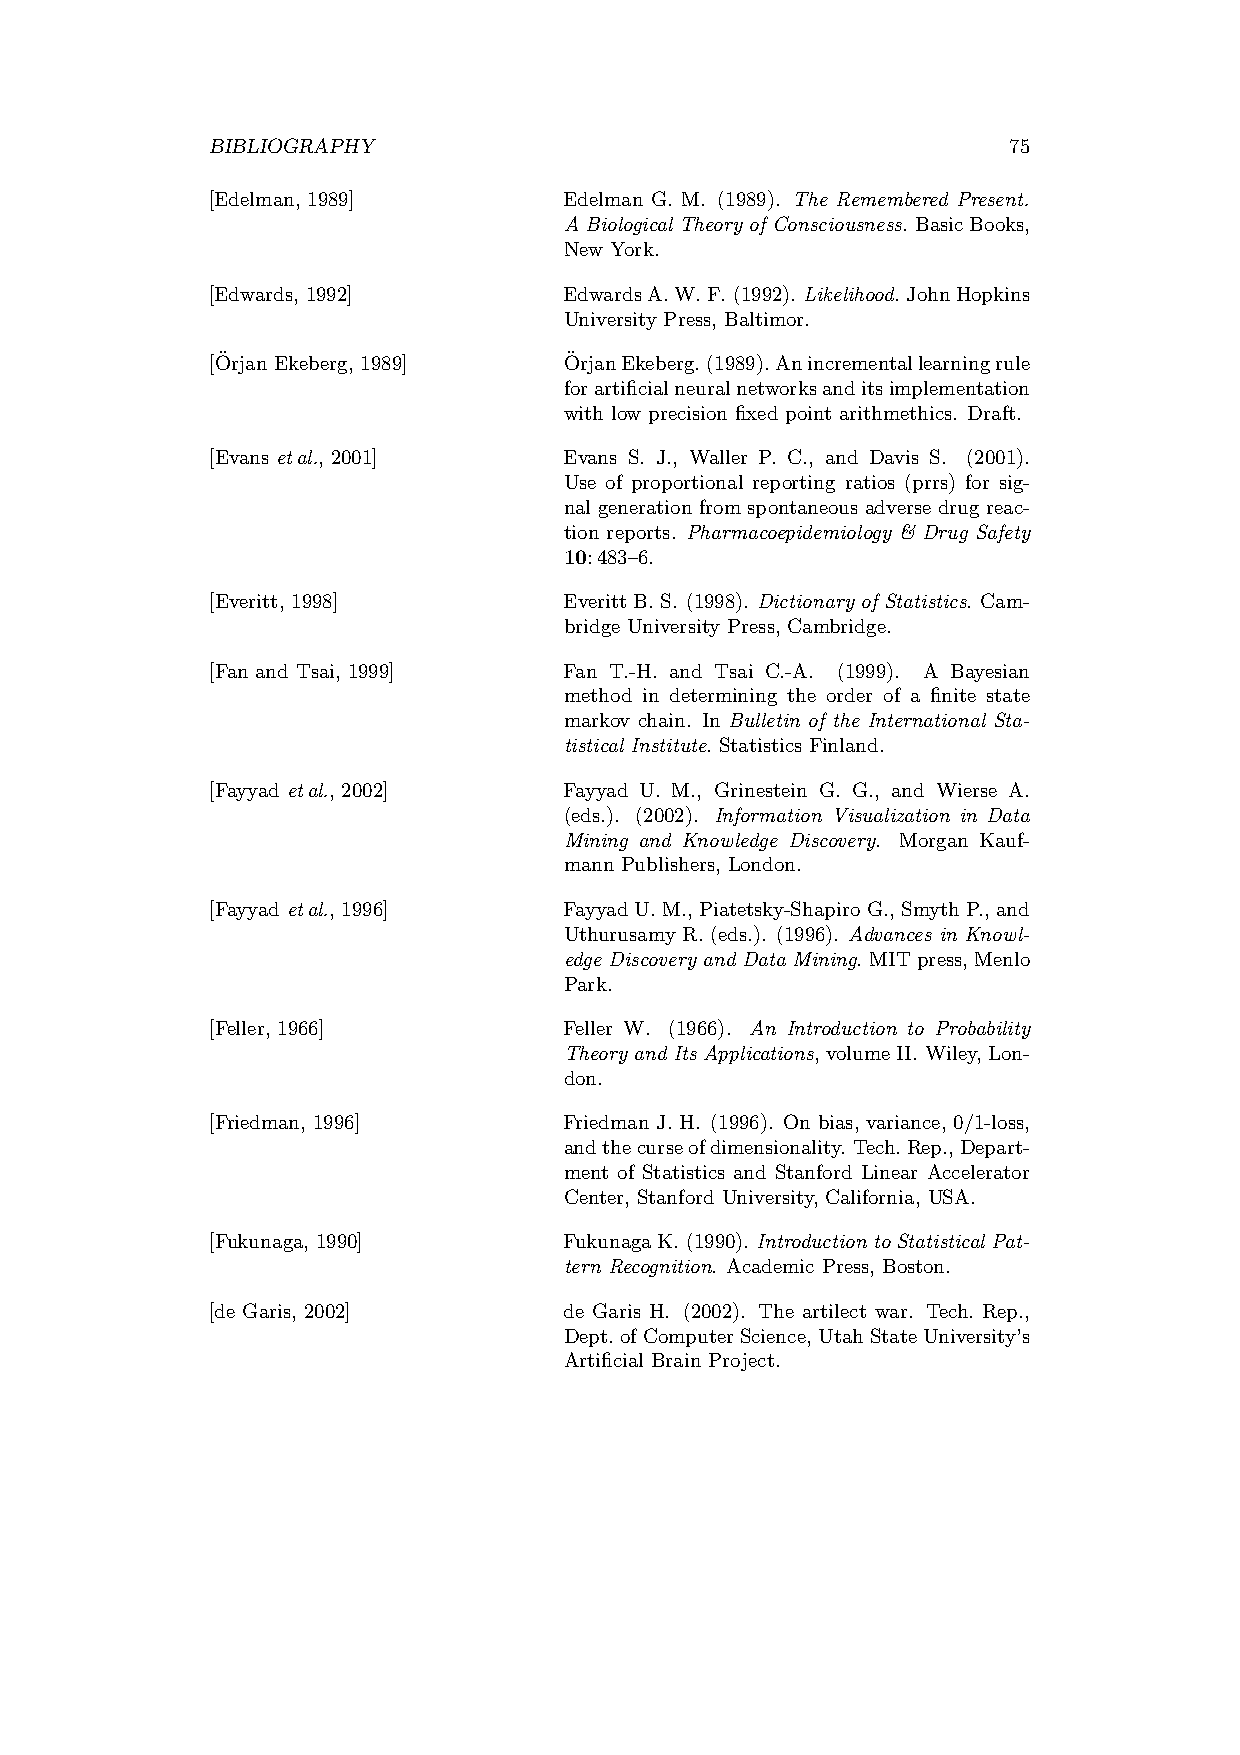
BIBLIOGRAPHY                                         75
 [Edelman, 1989]        Edelman G. M. (1989). The Remembered Present.
 A Biological Theory of Consciousness. BasicBooks,
 New York.
 [Edwards, 1992]        EdwardsA.W.F. (1992). Likelihood. JohnHopkins
 University Press, Baltimor.
 [O¨rjan Ekeberg, 1989] O¨rjanEkeberg.(1989).Anincrementallearningrule
 forartificialneuralnetworksanditsimplementation
 with low precision fixed point arithmethics. Draft.
 [Evans etal., 2001]    Evans S. J., Waller P. C., and Davis S. (2001).
 Use of proportional reporting ratios (prrs) for sig-
 nal generation from spontaneous adverse drug reac-
 tion reports. Pharmacoepidemiology & Drug Safety
 10:483–6.
 [Everitt, 1998]        Everitt B. S. (1998). Dictionary of Statistics. Cam-
 bridge University Press, Cambridge.
 [Fan and Tsai, 1999]   Fan T.-H. and Tsai C.-A. (1999). A Bayesian
 method in determining the order of a finite state
 markov chain. In Bulletin of the International Sta-
 tistical Institute. Statistics Finland.
 [Fayyad etal., 2002]   Fayyad U. M., Grinestein G. G., and Wierse A.
 (eds.). (2002). Information Visualization in Data
 Mining and Knowledge Discovery. Morgan Kauf-
 mann Publishers, London.
 [Fayyad etal., 1996]   FayyadU.M., Piatetsky-Shapiro G., SmythP., and
 Uthurusamy R. (eds.). (1996). Advances in Knowl-
 edge Discovery and Data Mining. MITpress,Menlo
 Park.
 [Feller, 1966]         Feller W. (1966). An Introduction to Probability
 Theory and Its Applications,volumeII. Wiley,Lon-
 don.
 [Friedman, 1996]       Friedman J. H. (1996). On bias, variance, 0/1-loss,
 andthecurseofdimensionality. Tech.Rep.,Depart-
 ment of Statistics and Stanford Linear Accelerator
 Center, Stanford University, California, USA.
 [Fukunaga, 1990]       FukunagaK. (1990). IntroductiontoStatisticalPat-
 tern Recognition. Academic Press, Boston.
 [de Garis, 2002]       de Garis H. (2002). The artilect war. Tech. Rep.,
 Dept.ofComputerScience, UtahStateUniversity’s
 Artificial Brain Project.